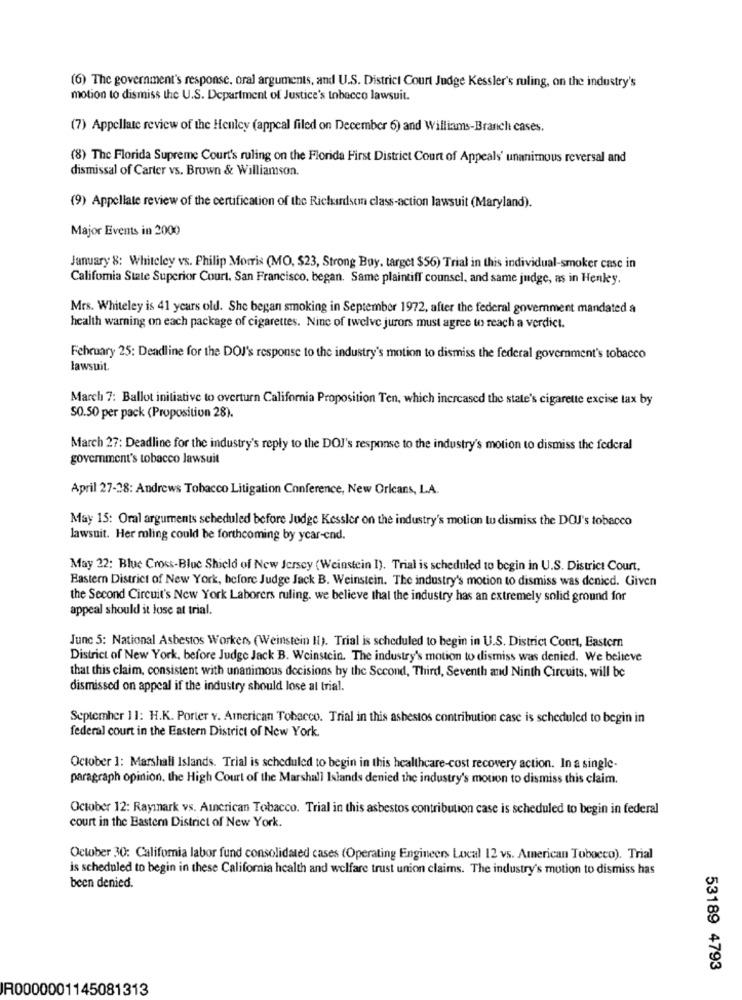
(6) The government's response, oral arguments, and U.S. District Court Judge Kessler's ruling, on the industry's
motion to dismiss the U.S. Department of Justice's tobacco lawsuit.
(7) Appellate review of the Henley (appeal filed on December 6) and Williams-Branch cases.
(8) The Florida Supreme Court's ruling on the Florida First District Court of Appeals' unanimous reversal and
dismissal of Carter vs. Brown & Williamson.
(9) Appellate review of the certification of the Richardson class-action lawsuit (Maryland).
Major Events in 2000
January 8: Whiteley vs. Philip Morris (MO, $23, Strong Buy, target $56) Trial in this individual-smoker case in
California State Superior Court. San Francisco, began. Same plaintiff counsel, and same judge, as in Henley.
Mrs. Whiteley is 41 years old. She began smoking in September 1972, after the federal government mandated a
health warning on each package of cigarettes. Ninc of twelve jurors must agree to reach a verdict.
February 25: Deadline for the DOJ's response to the industry's motion to dismiss the federal government's tobacco
lawsuit.
March 7: Ballot initiative to overturn California Proposition Ten, which increased the state's cigarette excise tax by
S0.50 per pack (Proposition 28).
March 27: Deadline for the industry's reply to the DOJ's response to the industry's motion to dismiss the federal
government's tobacco lawsuit
April 27-28: Andrews Tobacco Litigation Conference, New Orleans, LA.
May 15: Oral arguments scheduled before Judge Kessler on the industry's motion tu dismiss the DOJ's tobacco
lawsuit. Her moling could be forthcoming by ycar-end.
May 22: Blue Cross-Blue Shield of New Jersey (Weinstein I). Trial is scheduled to begin in U.S. District Court.
Eastern District of New York, before Judge Jack B. Weinstein. The industry's motion to dismiss was denied. Given
the Second Circuit's New York Laborers ruling. we believe that the industry has an extremely solid ground for
appeal should it lose at trial.
Junc 5: National Asbestos Workers (Weinstein II). Trial is scheduled to begin in U.S. District Court, Eastern
District of New York, before Judge Jack B. Weinstcin. The industry's motion to dismiss was denied. We believe
that this claim, consistent with unanimous decisions by the Second, Third, Seventh and Ninth Circuits, will be
dismissed on appeal if the industry should lose al trial.
September 11: H.K. Porter v. American Tobacco. Trial in this asbestos contribution case is scheduled to begin in
federal court in the Eastern District of New York.
October 1: Marshall Islands. Trial is scheduled to begin in this healthcare-cost recovery action. In a single-
paragraph opinion, the High Court of the Marshall Islands denied the industry's motion to dismiss this claim.
October 12: Raymark vs. Aincrican Tobacco. Trial in this asbestos contribution case is scheduled to begin in federal
court in the Eastern District of New York.
October 30: Califomia labor fund consolidated cases (Operating Engineers Local 12 vs. American Tobacco). Trial
is scheduled to begin in these California health and welfare trust union claims. The industry's motion to dismiss has
been denied.
53189 4793
R0000001145081313